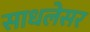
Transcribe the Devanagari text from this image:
साधलेसर